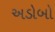
અડોબો